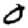
Digit: 0